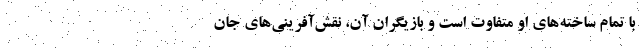
با تمام ساخته‌های او متفاوت است و بازیگران آن، نقش‌آفرینی‌های جان